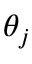
\theta _ { j }